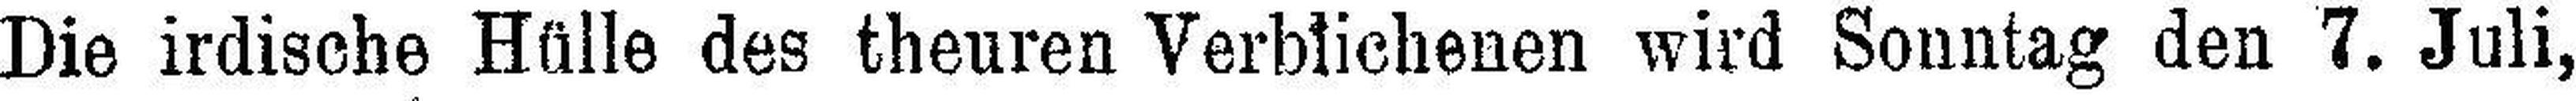
Die irdische Hülle des theuren Verblichenen wird Sonntag den 7. Juli,